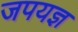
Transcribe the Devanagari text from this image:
जपयज्ञ